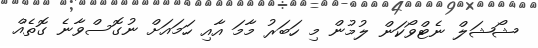
ޝޯޝަލް ނެޓްވޯކަން ލުމުން މި ހަބަރު މާމަ އާއި ހަމައަށް ނުގޮސްވާނެ ގޮތެއް